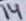
Text: 14